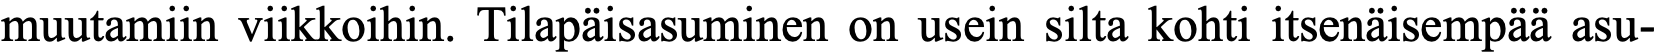
muutamiin viikkoihin. Tilapäisasuminen on usein silta kohti itsenäisempää asu-